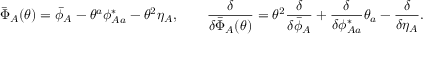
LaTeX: \bar { \Phi } _ { A } ( \theta ) = \bar { \phi } _ { A } - \theta ^ { a } \phi _ { A a } ^ { * } - \theta ^ { 2 } \eta _ { A } , \qquad \frac { \delta } { \delta \bar { \Phi } _ { A } ( \theta ) } = \theta ^ { 2 } \frac { \delta } { \delta \bar { \phi } _ { A } } + \frac { \delta } { \delta \phi _ { A a } ^ { * } } \theta _ { a } - \frac { \delta } { \delta \eta _ { A } } .